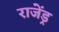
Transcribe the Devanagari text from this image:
राजेंड्र